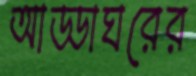
আড্ডাঘরের